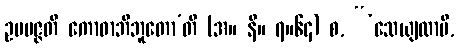
ဥပပဇ္ဇတိ ကောဓာဘိဘူတော’တိ (အ။ နိ။ ၇။၆၄) စ, “‘သေယျထာပိ,